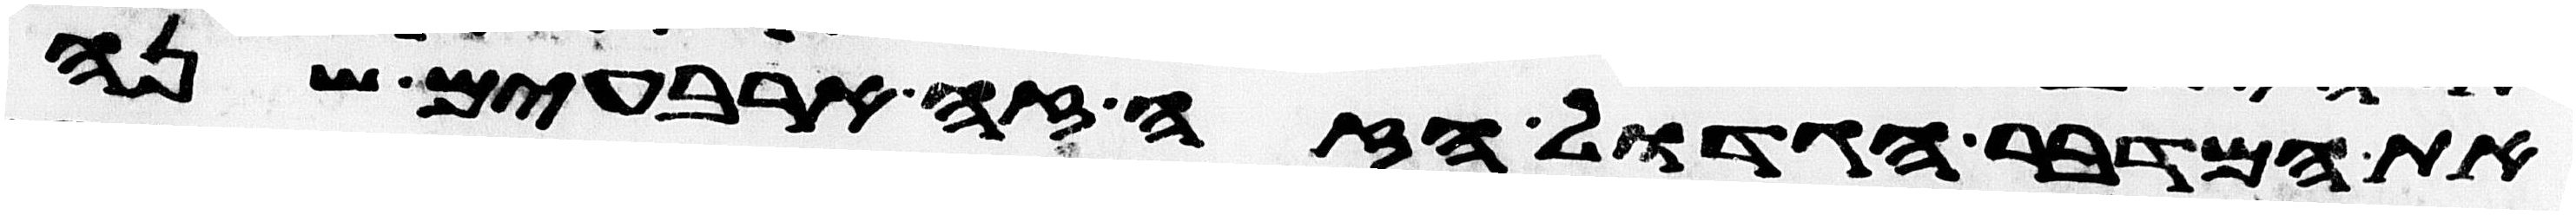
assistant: את המדבר הגדול הזה זה ארבעים שנה